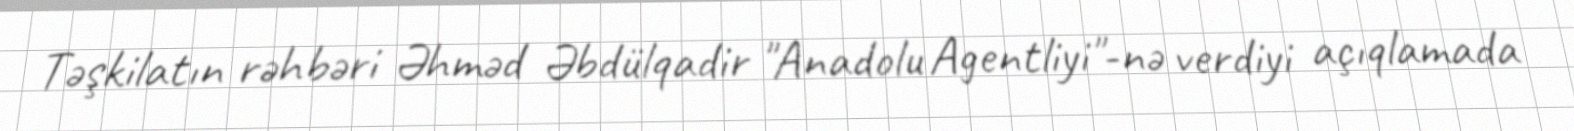
Təşkilatın rəhbəri Əhməd Əbdülqadir "Anadolu Agentliyi"-nə verdiyi açıqlamada